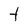
Character: t